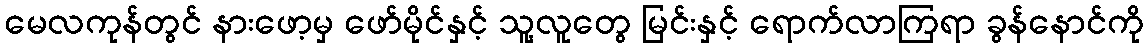
မေလကုန်တွင် နားဖော့မှ ဖော်မိုင်နှင့် သူ့လူတွေ မြင်းနှင့် ရောက်လာကြရာ ခွန်နောင်ကို